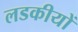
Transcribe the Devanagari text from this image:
लडकीयों